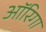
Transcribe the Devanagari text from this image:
ऑरिगा